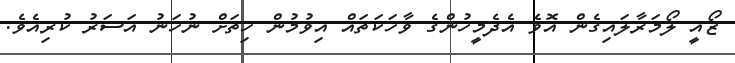
ޒޯއީ ލޯމަރާލައިގެން އޮވެ އެދެމީހުންގެ ވާހަކަތައް އިވުމުން ހިތަށް ނުހަނު އަސަރު ކުރިއެވެ.